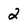
Character: 2